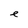
Character: e